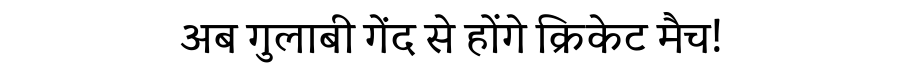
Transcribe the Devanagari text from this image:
अब गुलाबी गेंद से होंगे क्रिकेट मैच!